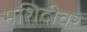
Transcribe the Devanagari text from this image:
मशिदीवर